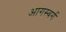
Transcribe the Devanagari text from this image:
आगस्बर्ग